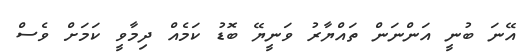
އޭނަ ބުނީ އަންނަން ތައްޔާރު ވަނީޔޭ ބޮޑު ކަމެއް ދިމާވީ ކަމަށް ވެސް